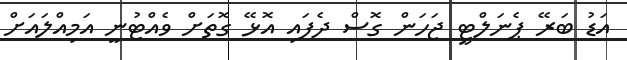
އަޑު ބަރޭ ޕެނަލްޓީ ޖަހަން ގޮސް ދެފައި އޮޅޭ ގޮތަށް ވެއްޓުނީ އަމިއްލައަށް